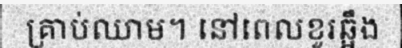
គ្រាប់ឈាម។ នៅពេលខួរឆ្អឹង